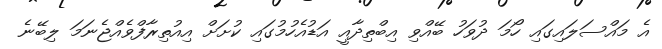
އެ މައްސަލައިގައި ހޯމަ ދުވަހު ބޭއްވި އިބްތިދާއީ އަޑުއެހުމުގައި ކުށަށް އިއުތިރާފްވެއްޖެނަމަ ލިބޭނެ